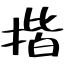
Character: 揩